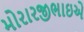
મોરારજીભાઇએ